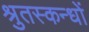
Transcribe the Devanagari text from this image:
श्रुतस्कन्धों